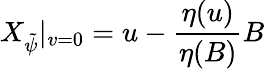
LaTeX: X_{\tilde{\psi}}|_{v=0}=u-\frac{\eta(u)}{\eta(B)}B